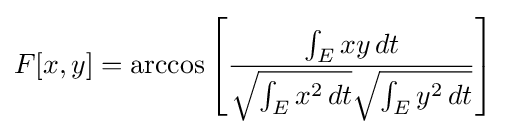
F[x,y]=\arccos \left[{\frac {\int _{E}xy\,dt}{{\sqrt {\int _{E}x^{2}\,dt}}{\sqrt {\int _{E}y^{2}\,dt}}}}\right]